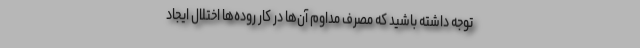
توجه داشته باشید که مصرف مداوم آن‌ها در کار روده‌ها اختلال ایجاد